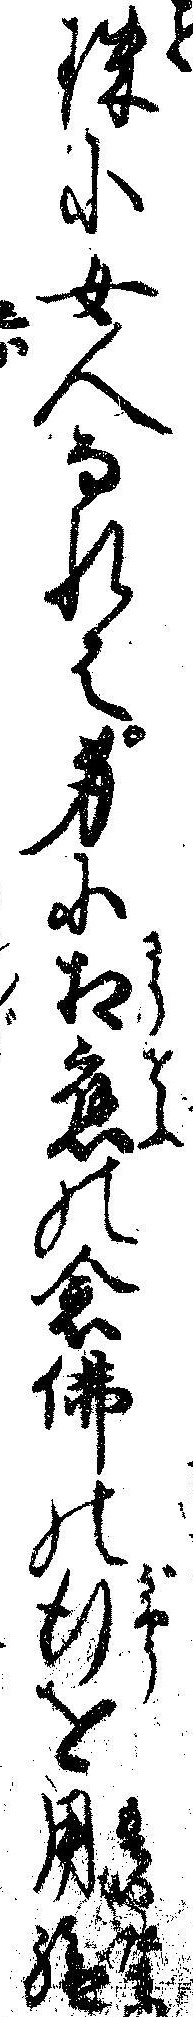
殊に女人なれは身に相応の念仏の行を用給